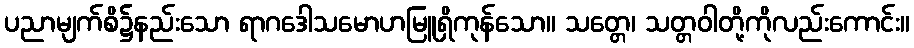
ပညာမျက်စိ၌နည်းသော ရာဂဒေါသမောဟမြူရှိကုန်သော။ သတ္တေ၊ သတ္တဝါတို့ကိုလည်းကောင်း။